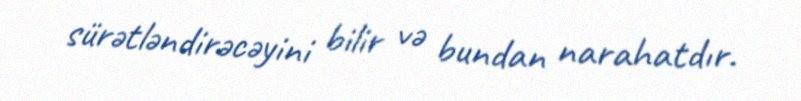
sürətləndirəcəyini bilir və bundan narahatdır.